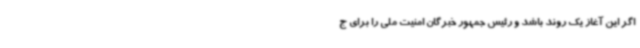
اگر این آغاز یک روند باشد و رئیس جمهور خبرگان امنیت ملی را برای ج